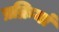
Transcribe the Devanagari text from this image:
प्रक्रियां